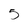
Character: 5